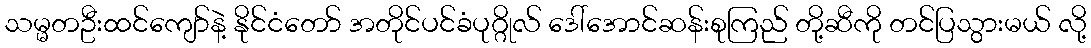
သမ္မတဦးထင်ကျော်နဲ့ နိုင်ငံတော် အတိုင်ပင်ခံပုဂ္ဂိုလ် ဒေါ်အောင်ဆန်းစုကြည် တို့ဆီကို တင်ပြသွားမယ် လို့